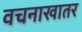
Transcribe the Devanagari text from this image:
वचनाखातर